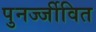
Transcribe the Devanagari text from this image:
पुनर्ज्जीवित